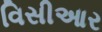
વિસીઆર